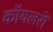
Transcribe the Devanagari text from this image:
कॉयलरों